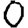
Digit: 0